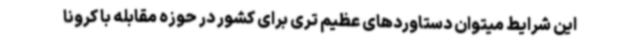
این شرایط میتوان دستاوردهای عظیم تری برای کشور در حوزه مقابله با کرونا